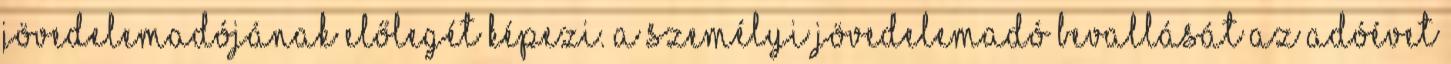
jövedelemadójának előlegét képezi. A személyi jövedelemadó bevallását az adóévet